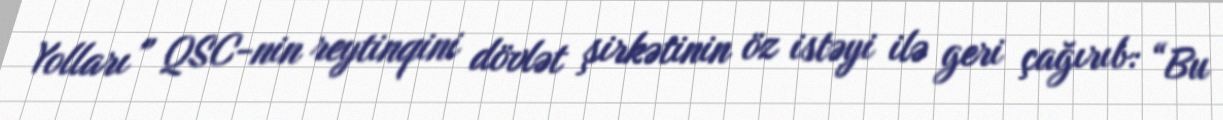
Yolları” QSC-nin reytinqini dövlət şirkətinin öz istəyi ilə geri çağırıb: “Bu